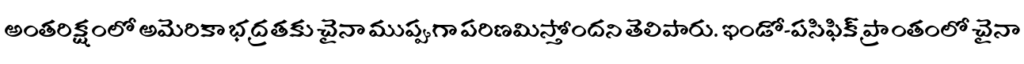
అంతరిక్షంలో అమెరికా భద్రతకు చైనా ముప్పుగా పరిణమిస్తోందని తెలిపారు. ఇండో-పసిఫిక్ ప్రాంతంలో చైనా